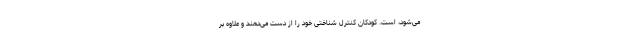
می‌شود، است. کودکان کنترل شناختی خود را از دست می‌دهند و علاوه بر